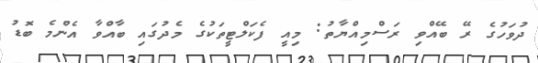
ދުވަހުގެ ރޭ ބޭއްވި ރަސްމިއްޔާތު: މިއީ ފެކަލްޓީތަކުގެ މެދުގައި ބާއްވާ އެންމެ ބޮޑު